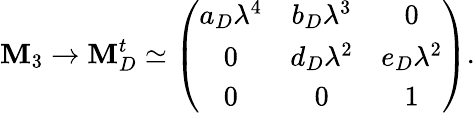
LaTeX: \mathbf{M}_{3}\rightarrow\mathbf{M}_{D}^{t}\simeq\left(\begin{array}{ccc}{{a_{D}\lambda^{4}}}&{{b_{D}\lambda^{3}}}&{{0}}\\ {{0}}&{{d_{D}\lambda^{2}}}&{{e_{D}\lambda^{2}}}\\ {{0}}&{{0}}&{{1}}\end{array}\right).